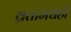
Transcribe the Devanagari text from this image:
व्रतांमधेही